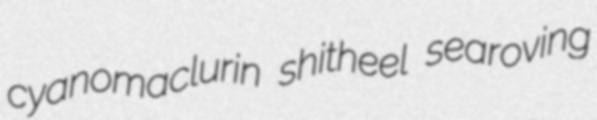
cyanomaclurin shitheel searoving